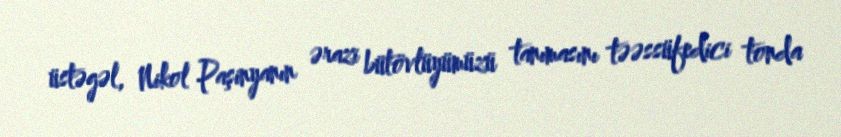
üstəgəl, Nikol Paşinyanın ərazi bütövlüyümüzü tanımasını təəssüfedici tonda